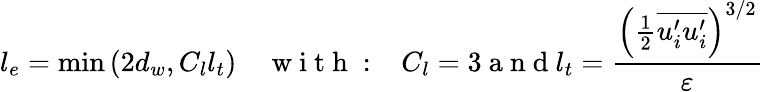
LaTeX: l_{e}=\operatorname*{min}\left(2d_{w},C_{l}l_{t}\right)\quad\mathrm{~w~i~t~h~:~}\; \; C_{l}=3\mathrm{~a~n~d~}l_{t}=\frac{{\left(\frac{1}{2}\overline{{u_{i}^{\prime}u_{i}^{\prime}}}\right)}^{3/2}}{\varepsilon}